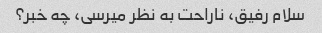
سلام رفیق، ناراحت به نظر میرسی، چه خبر؟